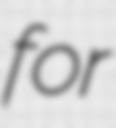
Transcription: for